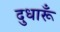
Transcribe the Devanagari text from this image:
दुधारूँ